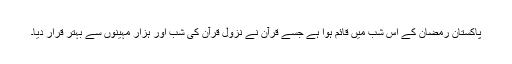
پاکستان رمضان کے اس شب میں قائم ہوا ہے جسے قرآن نے نزولِ قرآن کی شب اور ہزار مہینوں سے بہتر قرار دیا۔